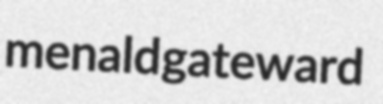
menald gateward